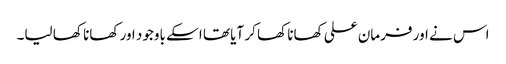
اس نے اور فرمان علی کھانا کھا کر آیا تھا اسکے باوجود اور کھانا کھا لیا۔